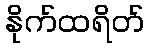
နိုက်ထရိတ်